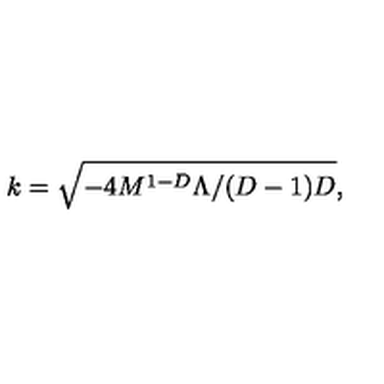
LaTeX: k = \sqrt { - 4 M ^ { 1 - D } \Lambda / ( D - 1 ) D } ,